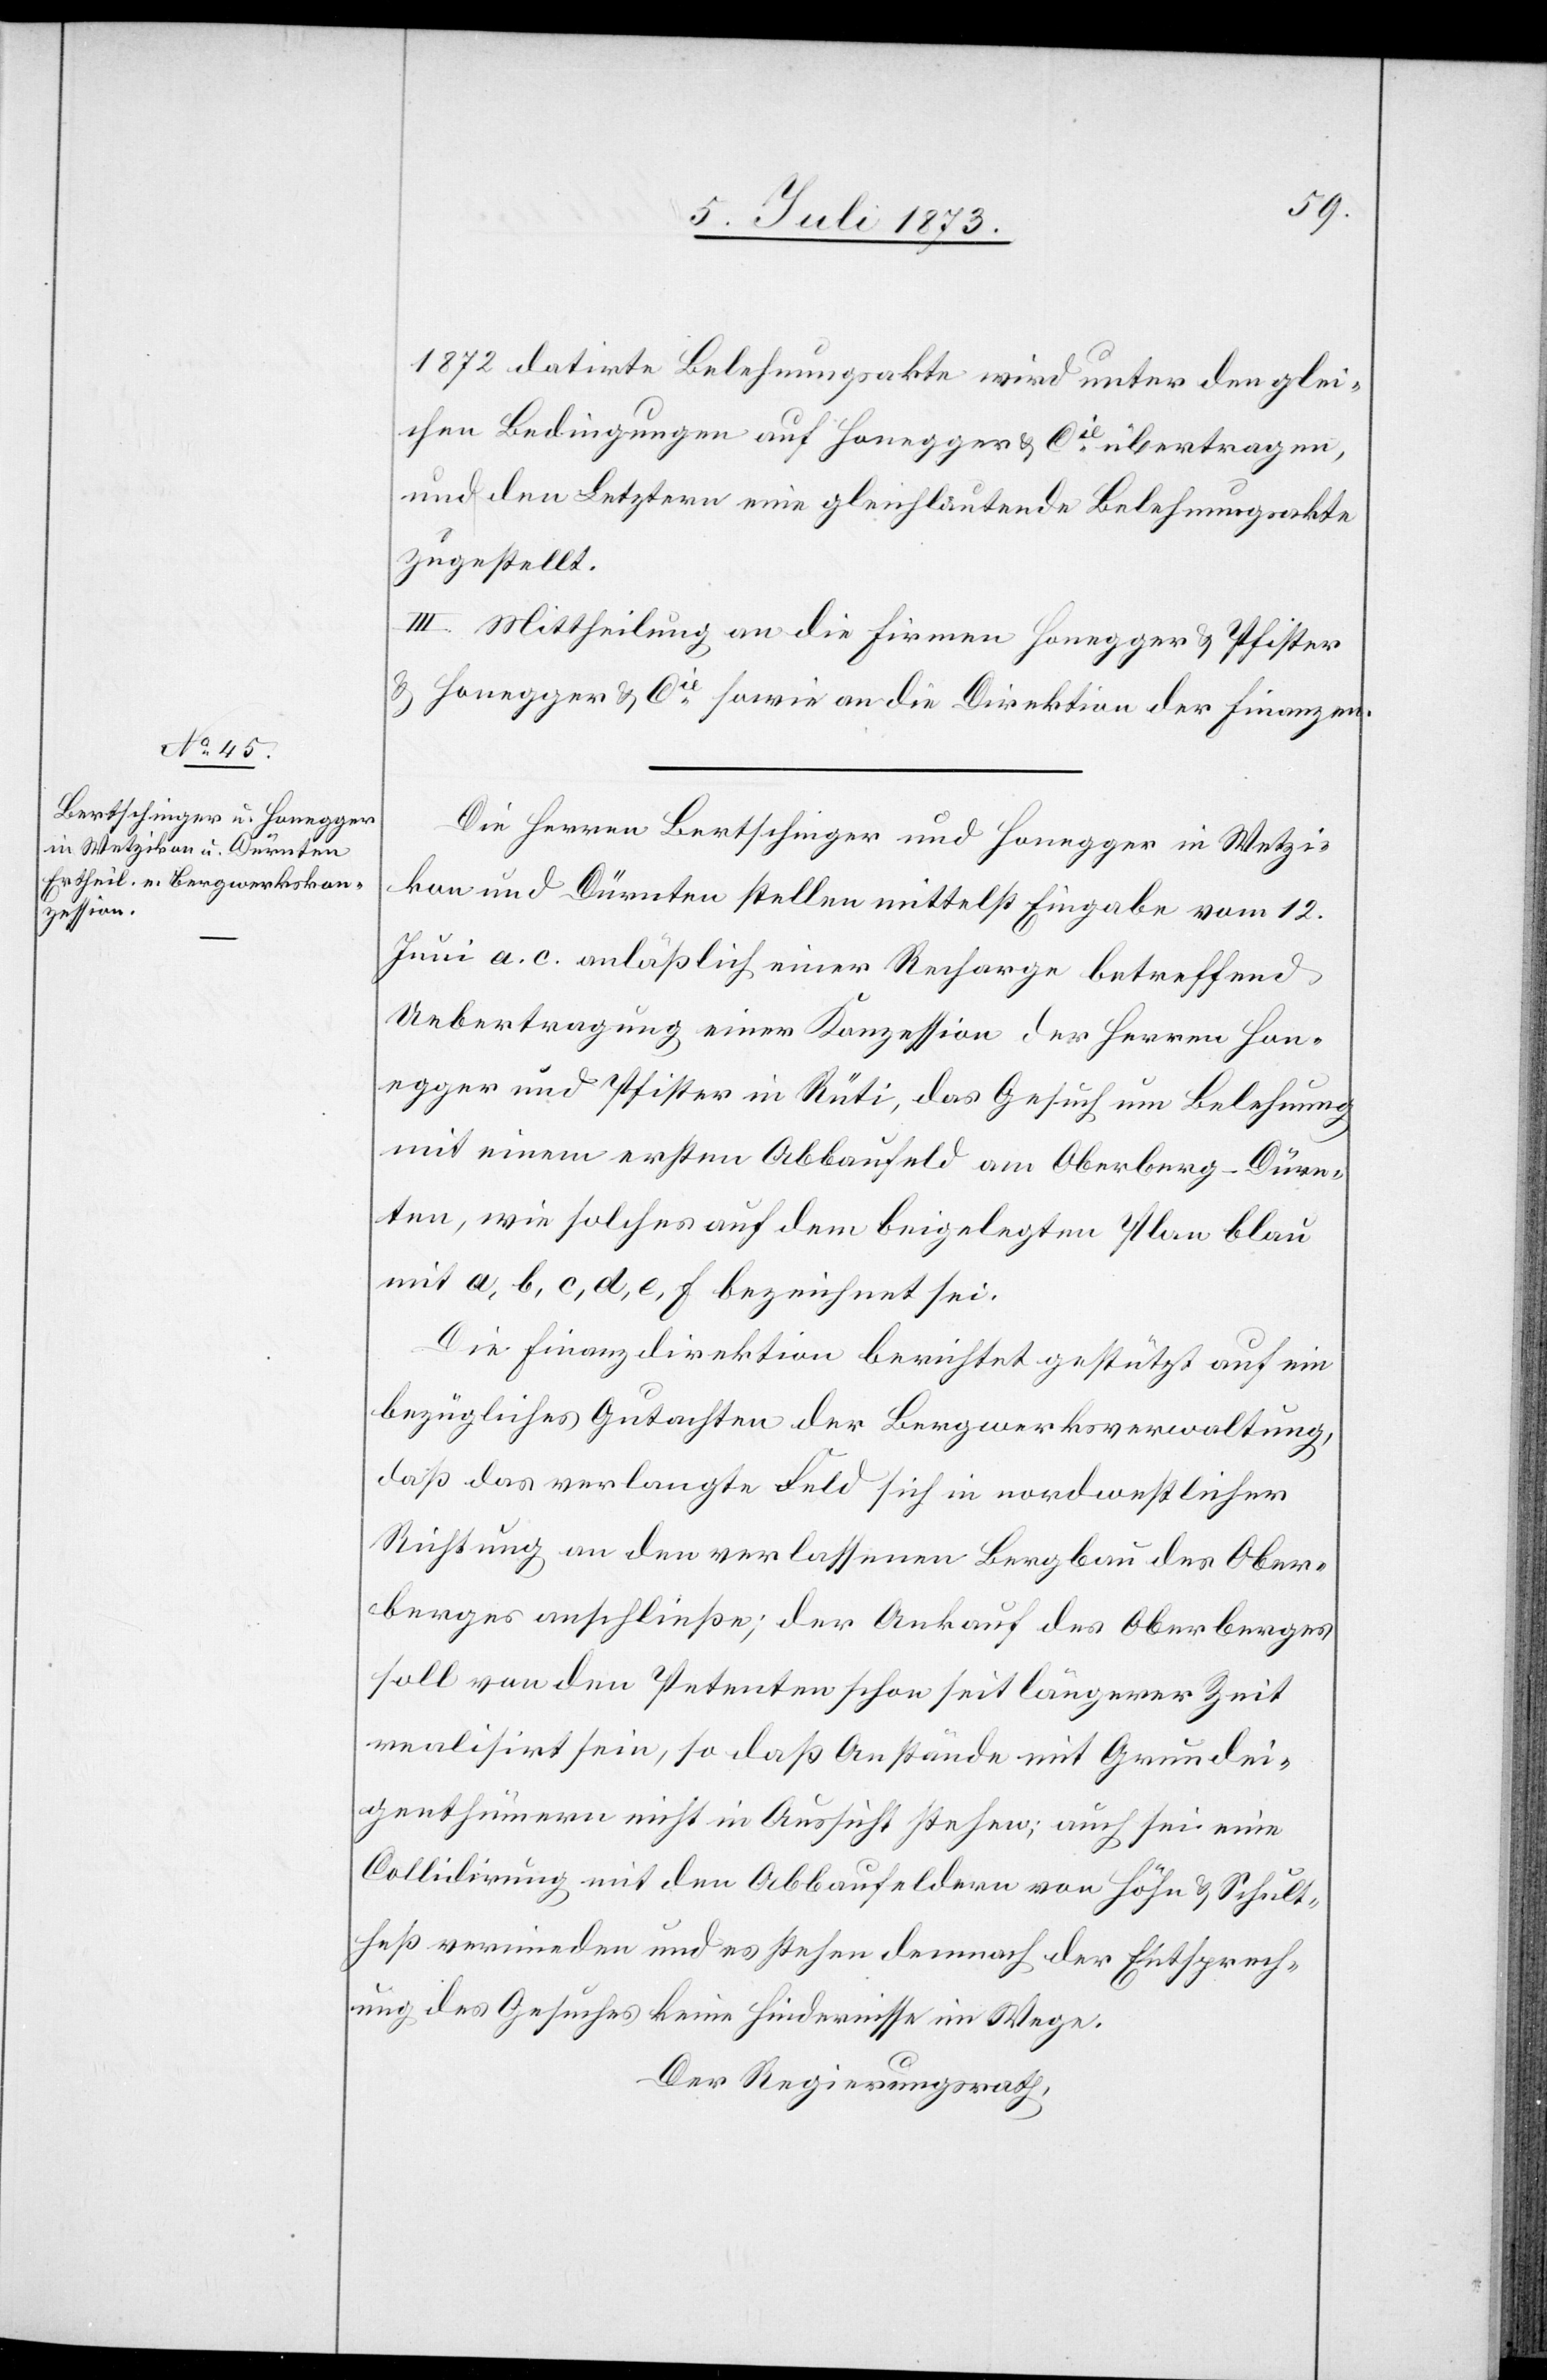
1872 datirte Belehnungsakte wird unter den glei¬
chen Bedingungen auf Honegger & Cie übertragen,
und den Letztern eine gleichlautende Belehnungsakte
zugestellt.
III. Mittheilung an die Firma Honegger & Pfister
& Honegger & Cie sowie an die Direktion der Finanzen.
Die Herren Bertschinger und Honegger in Wetzi¬
kon und Dürnten stellen mittelst Eingabe vom 12.
Juni a. c. anläßlich einer Recharge betreffend
Uebertragung einer Konzession der Herren Hon¬
egger und Pfister in Rüti, das Gesuch um Belehnung
mit einem ersten Abbaufeld am Oberberg-Dürn¬
ten, wie solches auf dem beigelegten Plan blau
mit a, b, c, d, e, f bezeichnet sei.
Die Finanzdirektion berichtet gestützt auf ein
bezügliches Gutachten der Bergwerksverwaltung,
daß das verlangte Feld sich in nordwestlicher
Richtung an den verlassenen Bergbau des Ober¬
berges anschließe; der Ankauf des Oberberges
soll von den Petenten schon seit längerer Zeit
realisirt sein, so daß Anstände mit Grundei¬
genthümern nicht in Aussicht stehen; auch sei eine
Collidirung mit den Abbaufeldern von Höhn & Schult¬
heß vermieden und es stehen demnach der Entsprech¬
ung des Gesuches keine Hindernisse im Wege.
Der Regierungsrath,